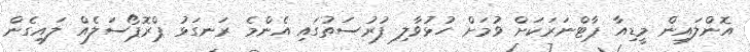
އޮންލައިން މީޑިއާ ޕާޓްނަރަކަށް ވުމަށް ހުޅުވާލި ފުރުސަތުގައި އެންމެ ރަނގަޅު ޕްރޮޕޯސަލެއް ލައިގެން